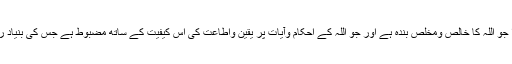
پس قرآن کی اصطلاح میں مومن وہ شخص ہوا جو اللہ کا خالص ومخلص بندہ ہے اور جو اللہ کے احکام وآیات پر یقین واطاعت کی اس کیفیت کے ساتھ مضبوط ہے جس کی بنیاد رضا ومحبت پر ہے‘‘ (مولانا حمیدالدین فراہیؒ ۔